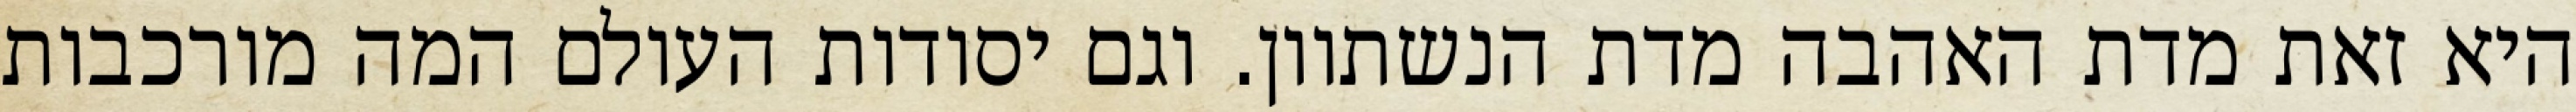
היא זאת מדת האהבה מדת הנשתוון. וגם יסודות העולם המה מורכבות